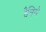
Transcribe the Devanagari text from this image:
रैनिये